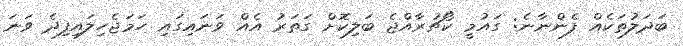
ބަދަލުތަކެއް ފެންނާނެ: ގައުމީ ކޯޗުރާއްޖެ ބަލިކޮށް ގަތަރު އެއް ވަނައިގައި ހަަަމަޖެހިލައިފިދެ ވަނަ